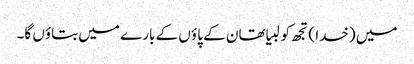
میں (خدا ) تجھ کو لبیا تھان کے پا ؤں کے بارے میں بتاؤں گا۔